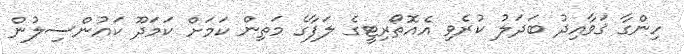
ހިންގާ ޤަވާއިދު ބަދަލު ކުރެވި އެއޮތޯރިޓީގެ ލަފާގެ މަތިން ކަމަށް ކަމަދޫ ކައުންސިލުން